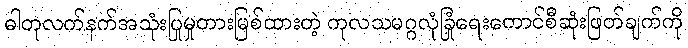
ဓါတုလက်နက်အသုံးပြုမှုတားမြစ်ထားတဲ့ ကုလသမဂ္ဂလုံခြုံရေးကောင်စီဆုံးဖြတ်ချက်ကို